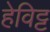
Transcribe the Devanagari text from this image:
हेविट्ट